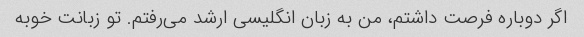
اگر دوباره فرصت داشتم، من به زبان انگلیسی ارشد می‌رفتم. تو زبانت خوبه